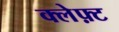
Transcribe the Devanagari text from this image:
क्लेफ़्ट